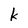
Character: k